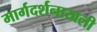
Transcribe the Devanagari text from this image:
मार्गदर्शनाखली